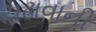
ચઢાવાની